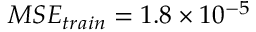
M S E _ { t r a i n } = 1 . 8 \times 1 0 ^ { - 5 }